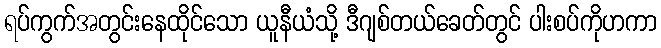
ရပ်ကွက်အတွင်းနေထိုင်သော ယူနီယံသို့ ဒီဂျစ်တယ်ခေတ်တွင် ပါးစပ်ကိုဟကာ